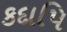
કદાપિ